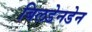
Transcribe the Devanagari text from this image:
बिलडेनडेन